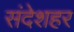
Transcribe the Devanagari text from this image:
संदेशहर